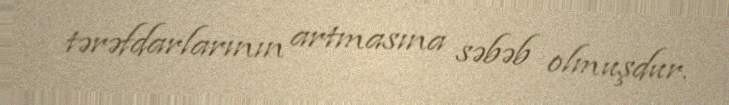
tərəfdarlarının artmasına səbəb olmuşdur.